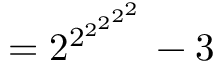
= { 2 ^ { 2 ^ { 2 ^ { 2 ^ { 2 ^ { 2 } } } } } } - 3